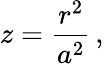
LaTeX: z=\frac{r^{2}}{a^{2}}\, ,